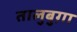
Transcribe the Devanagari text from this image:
तालुबुग़ा